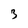
Character: 3